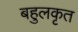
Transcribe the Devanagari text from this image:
बहुलकृत